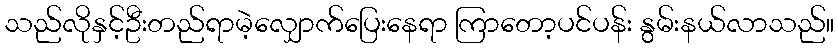
သည်လိုနှင့်ဦးတည်ရာမဲ့လျှောက်ပြေးနေရာ ကြာတော့ပင်ပန်း နွမ်းနယ်လာသည်။